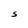
Character: S